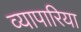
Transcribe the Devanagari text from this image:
व्‍यापारिया